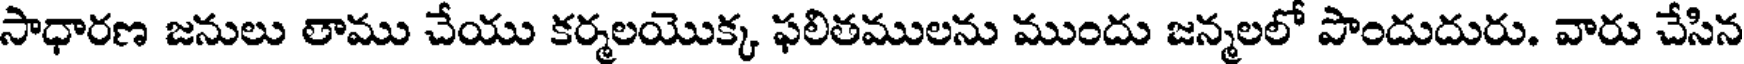
సాధారణ జనులు తాము చేయు కర్మలయొక్క ఫలితములను ముందు జన్మలలో పొందుదురు. వారు చేసిన